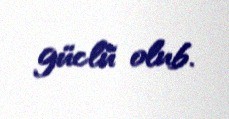
güclü olub.